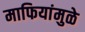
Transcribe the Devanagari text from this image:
माफियांमुळे